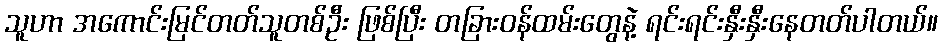
သူဟာ အကောင်းမြင်တတ်သူတစ်ဦး ဖြစ်ပြီး တခြားဝန်ထမ်းတွေနဲ့ ရင်းရင်းနှီးနှီးနေတတ်ပါတယ်။